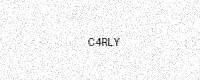
Text: C4RLY